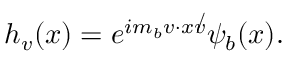
h _ { v } ( x ) = e ^ { i m _ { b } v \cdot x \not v } \psi _ { b } ( x ) .